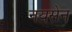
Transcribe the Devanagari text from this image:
नयसेन